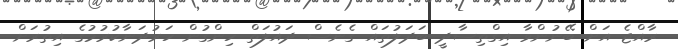
ރާއްޖެ އަށް ބޭނުންވާ އިގްތިސާދީ ބަދަލުތައް ގެނެސް ދައުލަތް ހިންގުން ހަރުދަނާކުރުމުގެ އިތުރަށް